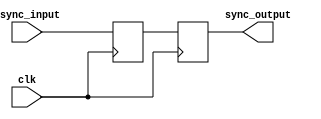
module input_synchronizer(input clk, async_input, output reg sync_output);

	reg sync_reg;
	
	always @ (posedge clk) begin
		sync_reg <= async_input;
		sync_output <= sync_reg;
	end

endmodule